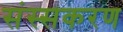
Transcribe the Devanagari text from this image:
संस्सकरण